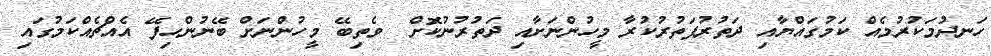
ހަނދުމަކުރުމެއް ކަމުގައްޔާއި ދަތުރުފަތުރުކުރާ މީހުންނަށާއި ދަތުރުނުކޮށް  ވެތިބޭ މީހުންނަށް ބޭނުންހިފޭ އެއްޗެއްކަމުގައި